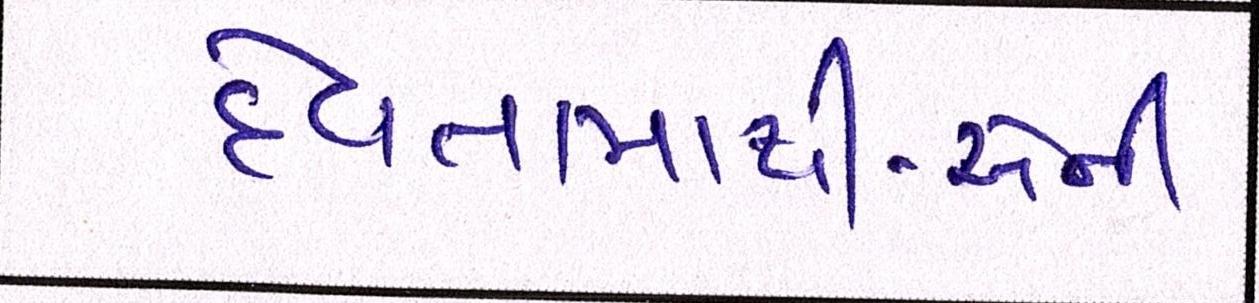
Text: દેવતામાંથી-એની